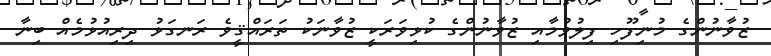
ޒުވާނުންގެ މުނިފޫހި ފިލުވުމާއި ޒުވާނުންގެ ކުޅިވަރަކީ ޒުވާނަކު ތަރައްޤީވެ ރަނގަޅު ދިރިއުޅުމެއް ބިނާ